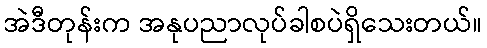
အဲဒီတုန်းက အနုပညာလုပ်ခါစပဲရှိသေးတယ်။